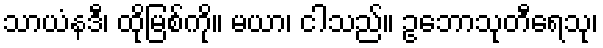
သာယံနဒီ၊ ထိုမြစ်ကို။ မယာ၊ ငါသည်။ ဥဘောသုတီရေသု၊